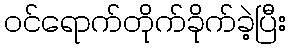
ဝင်ရောက်တိုက်ခိုက်ခဲ့ပြီး